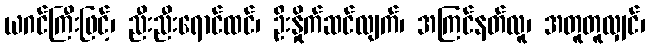
ယဂင်ကြီးဖြင့်၊ ညီးညီးရောင်ထင်၊ ဦးနှိုက်ဆင်လျက်၊ အကြင်နတ်လူ၊ အတူတူလျှင်၊